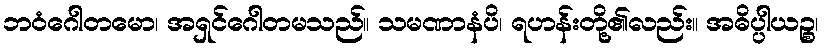
ဘဝံဂေါတမော၊ အရှင်ဂေါတမသည်။ သမဏာနံပိ၊ ရဟန်းတို့၏လည်း။ အဓိပ္ပါယဉ္စ၊